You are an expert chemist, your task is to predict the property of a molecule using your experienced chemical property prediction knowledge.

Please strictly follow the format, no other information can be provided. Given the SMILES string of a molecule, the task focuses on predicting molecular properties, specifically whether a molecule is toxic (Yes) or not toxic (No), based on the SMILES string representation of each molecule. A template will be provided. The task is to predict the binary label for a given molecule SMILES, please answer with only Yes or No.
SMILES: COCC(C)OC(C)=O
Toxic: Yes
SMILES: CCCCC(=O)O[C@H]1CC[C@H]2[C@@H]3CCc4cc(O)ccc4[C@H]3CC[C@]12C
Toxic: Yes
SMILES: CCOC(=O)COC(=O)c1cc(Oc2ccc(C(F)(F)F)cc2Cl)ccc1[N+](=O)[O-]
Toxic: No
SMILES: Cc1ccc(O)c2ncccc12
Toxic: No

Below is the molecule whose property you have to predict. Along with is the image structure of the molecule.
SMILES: CC1=CC(=O)CC(C)(C)C1=O
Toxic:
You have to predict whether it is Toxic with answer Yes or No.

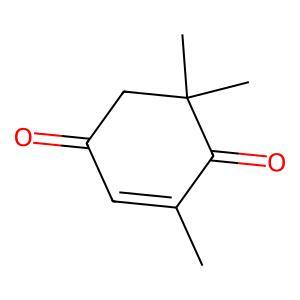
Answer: No